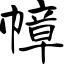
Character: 幛